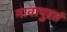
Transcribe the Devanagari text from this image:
नावापुरतं